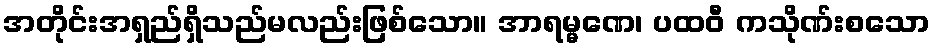
အတိုင်းအရှည်ရှိသည်မလည်းဖြစ်သော။ အာရမ္မဏေ၊ ပထဝီ ကသိုဏ်းစသော